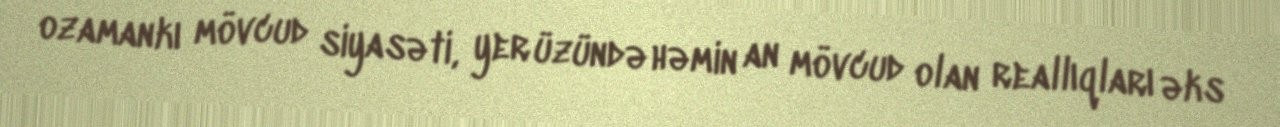
ozamankı mövcud siyasəti, yer üzündə həmin an mövcud olan reallıqları əks